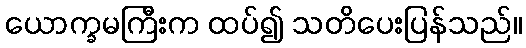
ယောက္ခမကြီးက ထပ်၍ သတိပေးပြန်သည်။